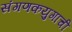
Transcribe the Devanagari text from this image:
संगणकयुगाची